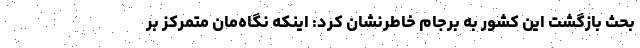
بحث بازگشت این کشور به برجام خاطرنشان کرد: اینکه نگاه‌مان متمرکز بر